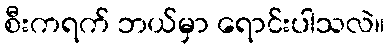
စီးကရက် ဘယ်မှာ ရောင်းပါသလဲ။